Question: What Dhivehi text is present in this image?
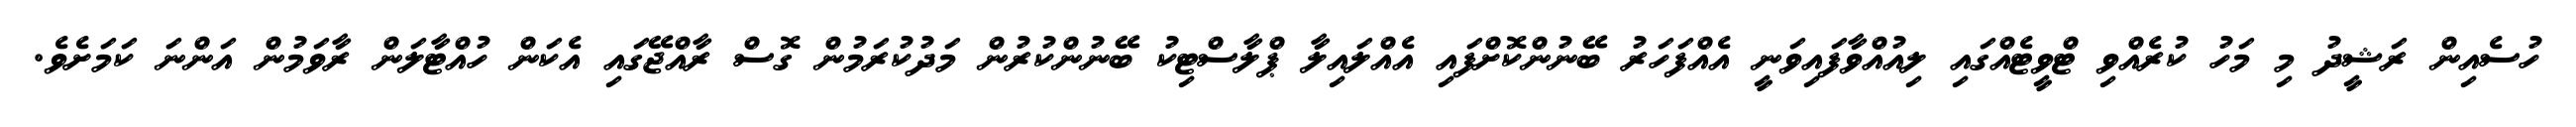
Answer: ހުސެއިން ރަޝީދު މި މަހު ކުރެއްވި ޓްވީޓެއްގައި ލިއުއްވާފައިވަނީ އެއްފަހަރު ބޭނުންކޮށްފައި އެއްލައިލާ ޕްލާސްޓިކު ބޭނުންކުރުން މަދުކުރަމުން ގޮސް ރާއްޖޭގައި އެކަން ހުއްޓާލަން ރާވަމުން އަންނަ ކަމަށެވެ.